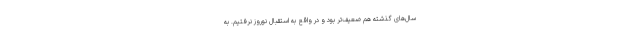
سال‌های گذشته هم ضعیف‌تر بود و در واقع به استقبال نوروز نرفتیم. به